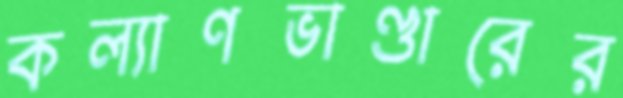
কল্যাণভাণ্ডারের